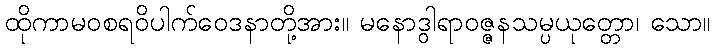
ထိုကာမဝစရဝိပါက်ဝေဒနာတို့အား။ မနောဒွါရာဝဇ္ဇနသမ္ပယုတ္တော၊ သော။